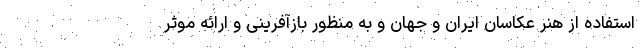
استفاده از هنر عکاسان ایران و جهان و به منظور بازآفرینی و ارائه موثر